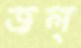
জল্